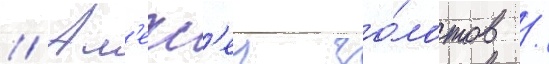
// Ал'екс'еи зо́лотов /